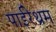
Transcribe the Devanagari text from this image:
पाईरेथ्रम